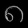
Digit: ၈